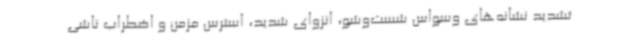
تشدید نشانه‌های وسواس شست‌وشو، انزوای شدید، استرس مزمن و اضطراب ناشی